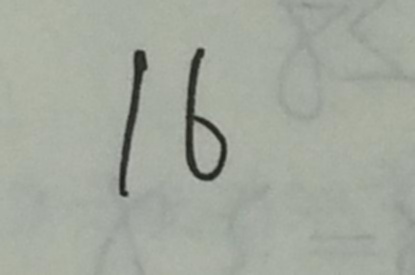
1 6